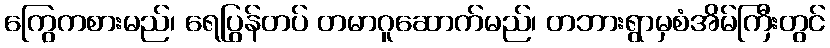
ကြွေကစားမည်၊ ရေပြွန်တပ် တမာဂူဆောက်မည်၊ တဘားရွာမှစံအိမ်ကြီးတွင်